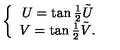
\left\{ \begin{array} { c } { U = \tan { \frac { 1 } { 2 } } \tilde { U } \nonumber } \\ { V = \tan { \frac { 1 } { 2 } } \tilde { V } . } \\ \end{array} \right.